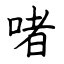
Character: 啫